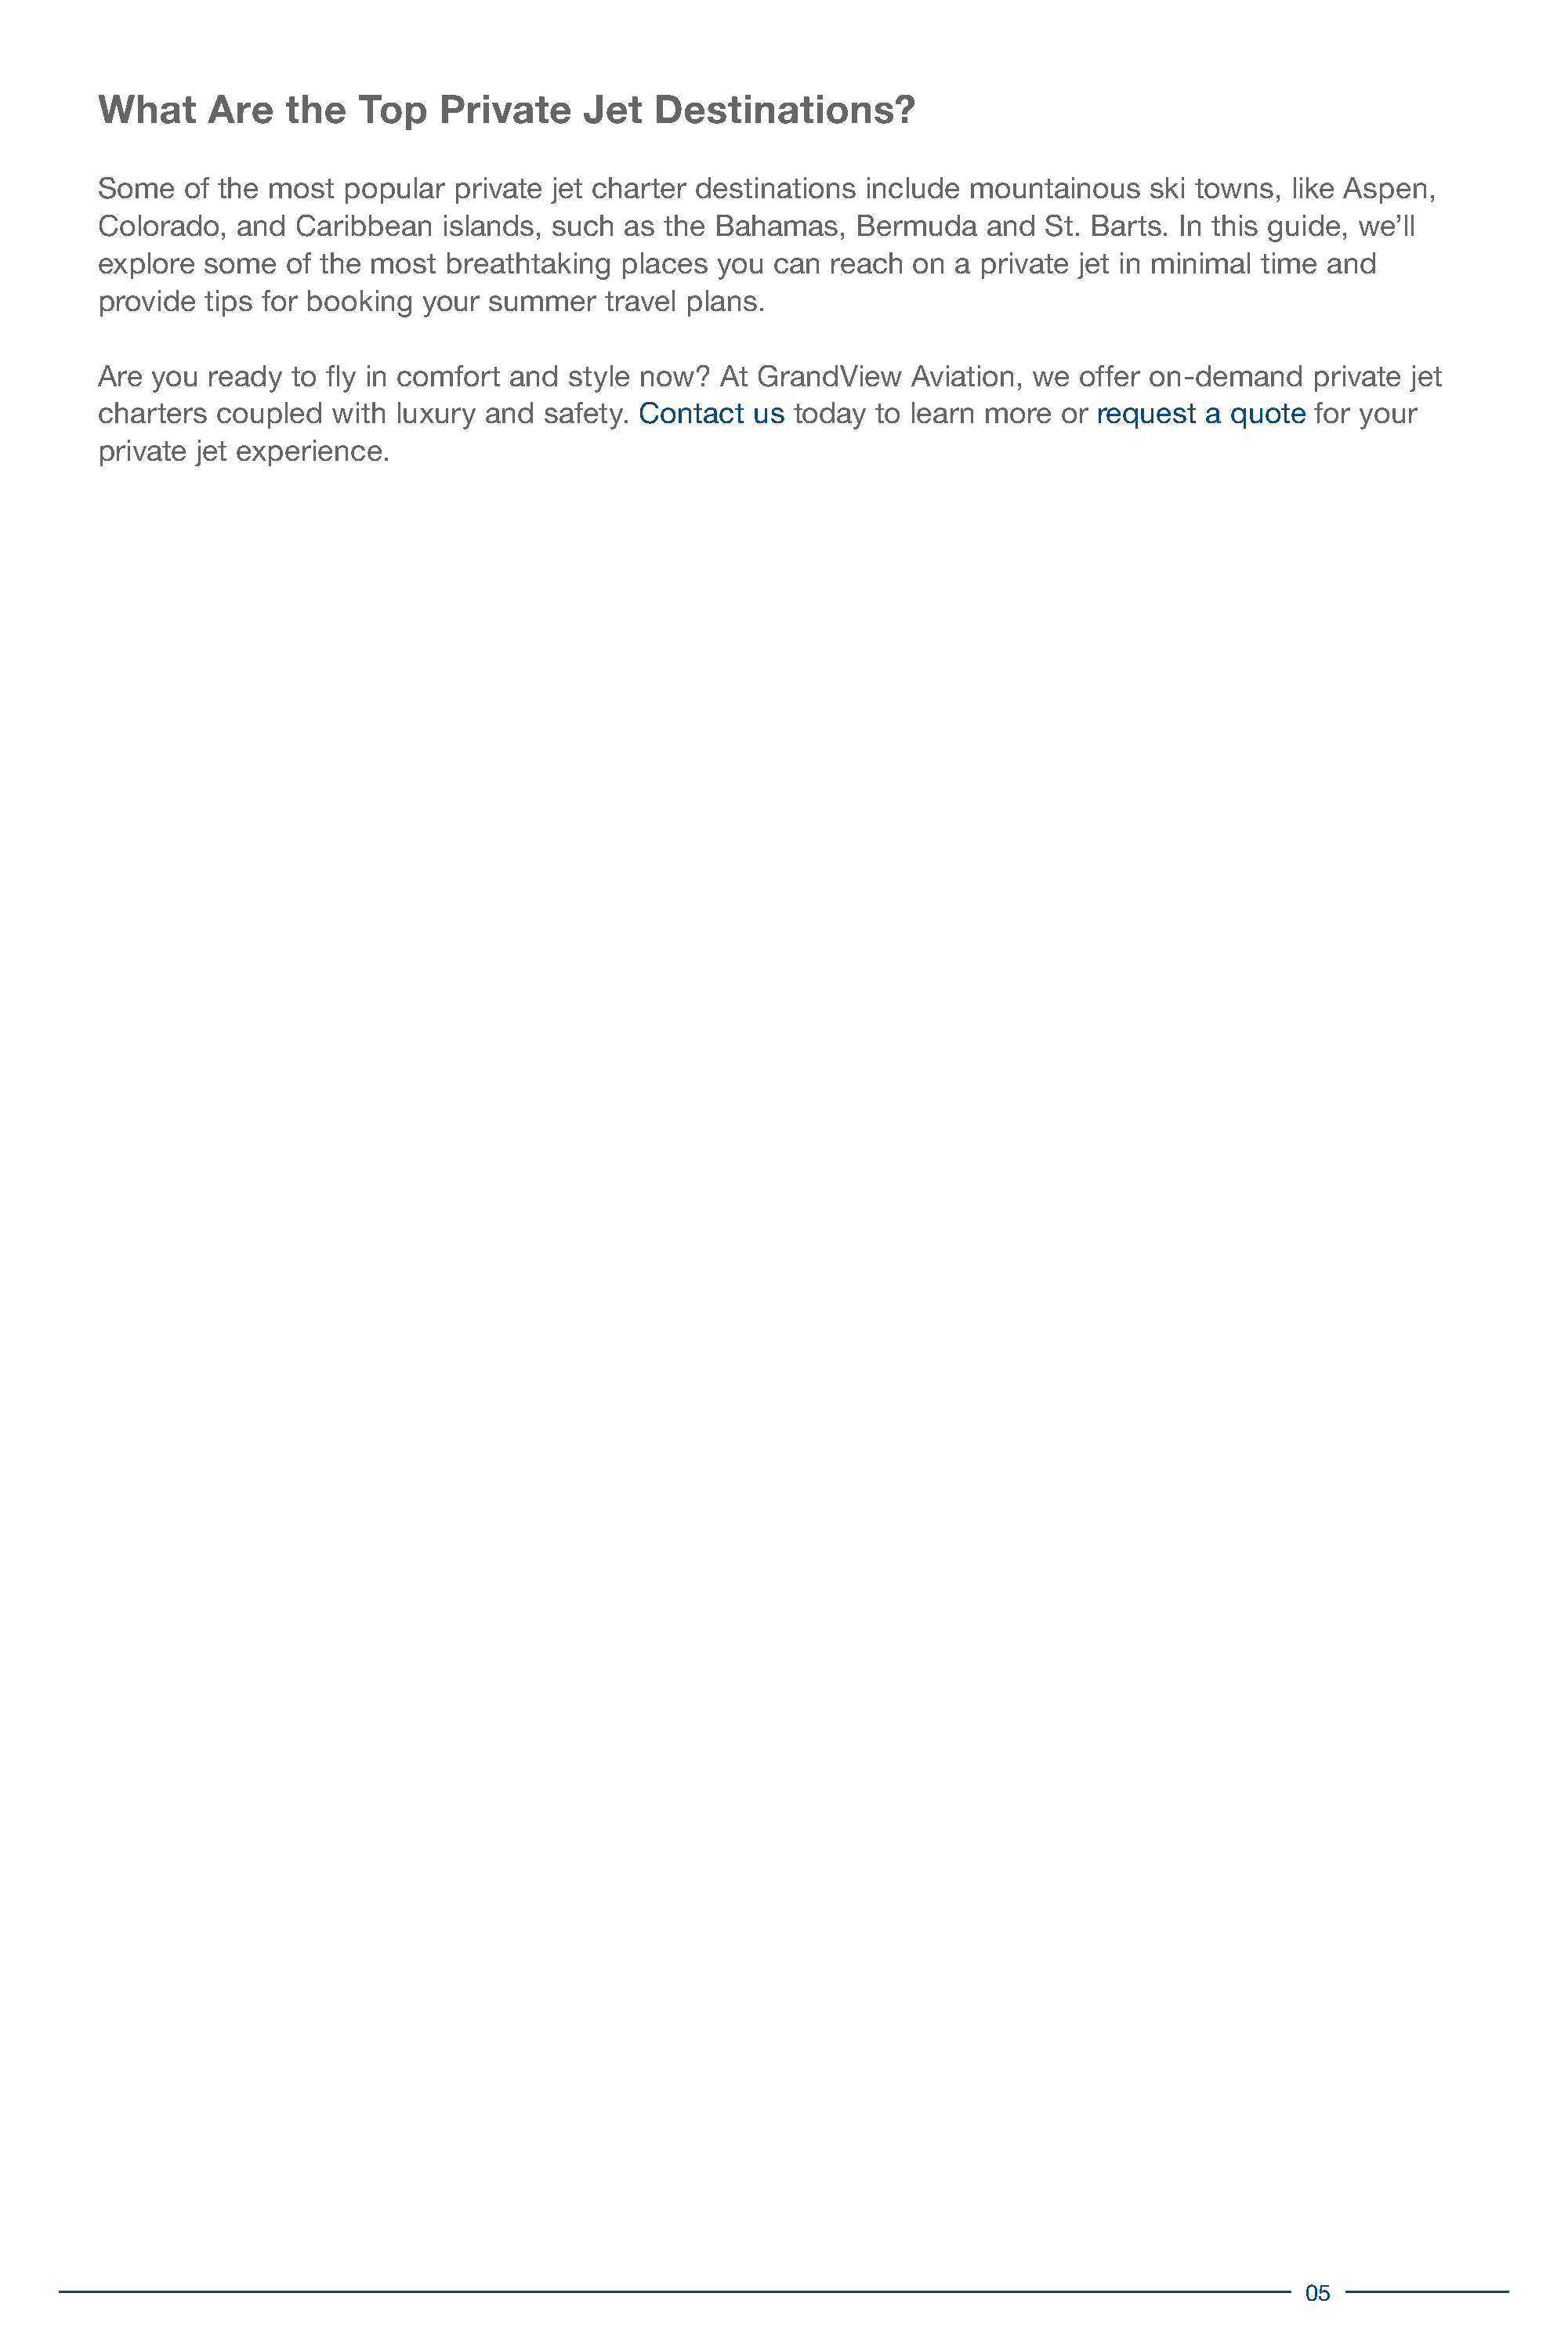
What      Are   the   Top    Private     Jet   Destinations?
 Some    of the most  popular  private  jet charter destinations  include  mountainous    ski towns,  like Aspen,
 Colorado,   and  Caribbean   islands,  such  as the Bahamas,    Bermuda    and  St. Barts.  In this guide, we’ll
 explore  some   of the most   breathtaking  places   you can  reach  on  a private jet in minimal  time and
 provide  tips for booking   your summer    travel plans.
 Are  you  ready  to fly in comfort and  style now?   At GrandView    Aviation, we  offer on-demand     private jet
 charters  coupled   with luxury  and  safety. Contact   us today  to learn more   or request  a quote  for your
 private  jet experience.
 05